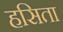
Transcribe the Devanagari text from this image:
हसिता